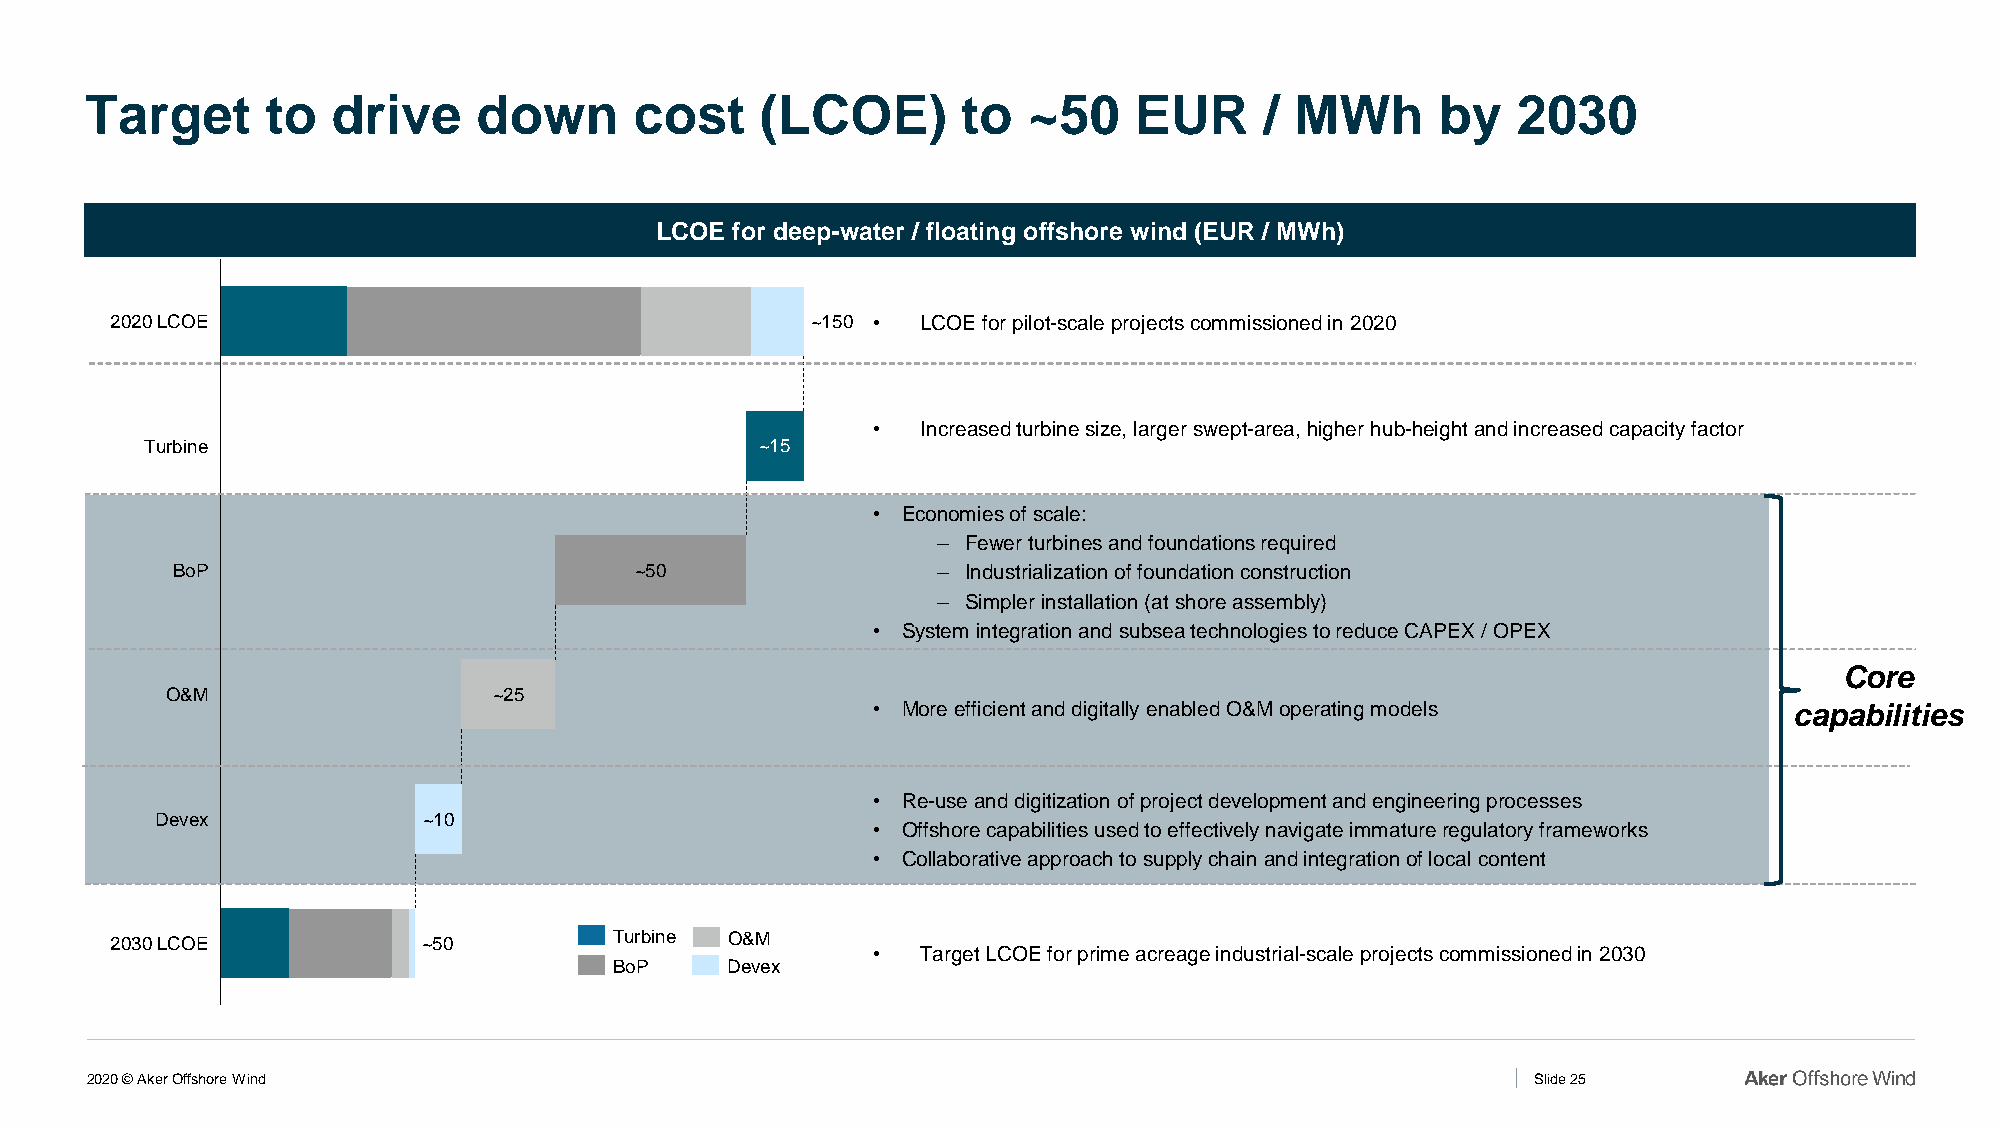
Target      to  drive     down      cost    (LCOE)        to  ~50    EUR      / MWh      by   2030
 LCOE for deep-water / floating offshore wind (EUR / MWh)
 2020 LCOE                                      ~150 • LCOE for pilot-scale projects commissioned in 2020
 ~15
 •  Increased turbine size, larger swept-area, higher hub-height and increased capacity factor
 Turbine                                 ~15
 • Economies of scale:
 ‒ Fewer turbines and foundations required
 BoP                            ~50                 ‒ Industrialization of foundation construction
 ‒ Simpler installation (at shore assembly)
 • System integration and subsea technologies to reduce CAPEX / OPEX
 Core
 O&M                   ~25
 • More efficient and digitally enabled O&M operating models  capabilities
 • Re-use and digitization of project development and engineering processes
 Devex             ~10
 • Offshore capabilities used to effectively navigate immature regulatory frameworks
 • Collaborative approach to supply chain and integration of local content
 2030 LCOE            ~50          Turbine O&M
 •  Target LCOE for prime acreage industrial-scale projects commissioned in 2030
 BoP    Devex
 2020 © Aker Offshore Wind                                                                       Slide 25